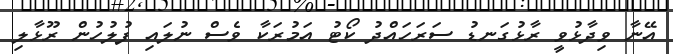
އޭނާ ވިދާޅުވީ ރާޅުގަނޑު ސަރަހައްދު ކޯޓު އަމުރަކާ ވެސް ނުލައި ފުލުހުން ރޫޅާލި